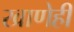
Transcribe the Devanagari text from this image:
खाणेही